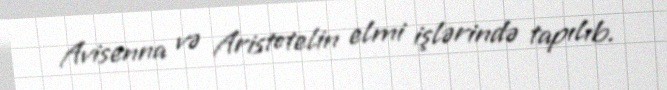
Avisenna və Aristotelin elmi işlərində tapılıb.